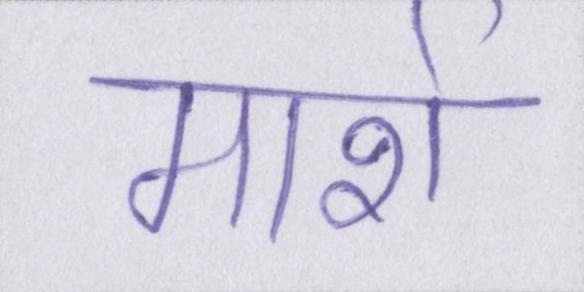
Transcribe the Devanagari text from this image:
मार्श